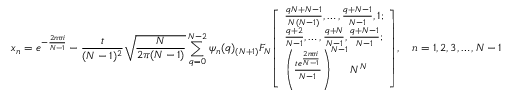
x _ { n } = e ^ { - { \frac { 2 n \pi i } { N - 1 } } } - { \frac { t } { ( N - 1 ) ^ { 2 } } } { \sqrt { \frac { N } { 2 \pi ( N - 1 ) } } } \sum _ { q = 0 } ^ { N - 2 } \psi _ { n } ( q ) _ { ( N + 1 ) } F _ { N } { \left[ \begin{array} { l } { { \frac { q N + N - 1 } { N ( N - 1 ) } } , \ldots , { \frac { q + N - 1 } { N - 1 } } , 1 ; } \\ { { \frac { q + 2 } { N - 1 } } , \ldots , { \frac { q + N } { N - 1 } } , { \frac { q + N - 1 } { N - 1 } } ; } \\ { \left( { \frac { t e ^ { \frac { 2 n \pi i } { N - 1 } } } { N - 1 } } \right) ^ { N - 1 } N ^ { N } } \end{array} \right] } , \quad n = 1 , 2 , 3 , \dots , N - 1